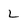
Character: L